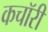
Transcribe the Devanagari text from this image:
कचॉरी